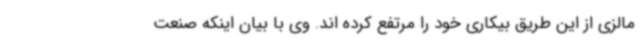
مالزی از این طریق بیکاری خود را مرتفع کرده اند. وی با بیان اینکه صنعت